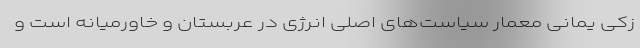
زکی یمانی معمار سیاست‌های اصلی انرژی در عربستان و خاورمیانه است و